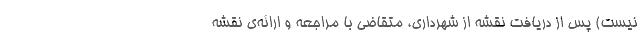
نیست) پس از دریافت نقشه از شهرداری، متقاضی با مراجعه و ارائه‌ی نقشه